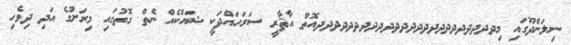
ނިލަންދޫގައި މިދދދދދދދދދދދދދދދދދދދދދދދދއޮތް އާޘާރީ ސަރަހައްދަކީ ޝައްކެއް ނެތް ގޮތުގައި މިރަށުގެ އަދި ދިވެހި